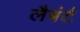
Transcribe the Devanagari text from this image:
लैबंर्ट